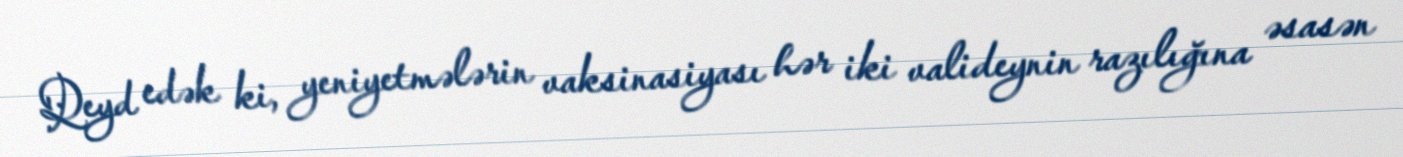
Qeyd edək ki, yeniyetmələrin vaksinasiyası hər iki valideynin razılığına əsasən